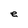
Character: e